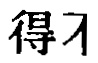
得オ